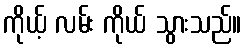
ကိုယ့် လမ်း ကိုယ် သွားသည်။